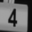
Digit: 4